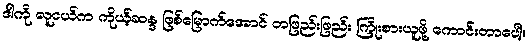
ဒါကို လူငယ်က ကိုယ့်ဆန္ဒ ဖြစ်မြောက်အောင် တဖြည်းဖြည်း ကြိုးစားယူဖို့ ကောင်းတာပေါ့။